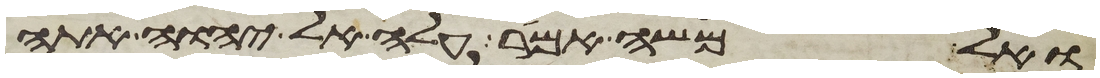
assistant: ואל משה אמר עלה אל יהוה אתה